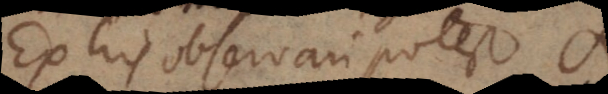
Ex his observari potest